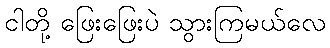
ငါတို့ ဖြေးဖြေးပဲ သွားကြမယ်လေ